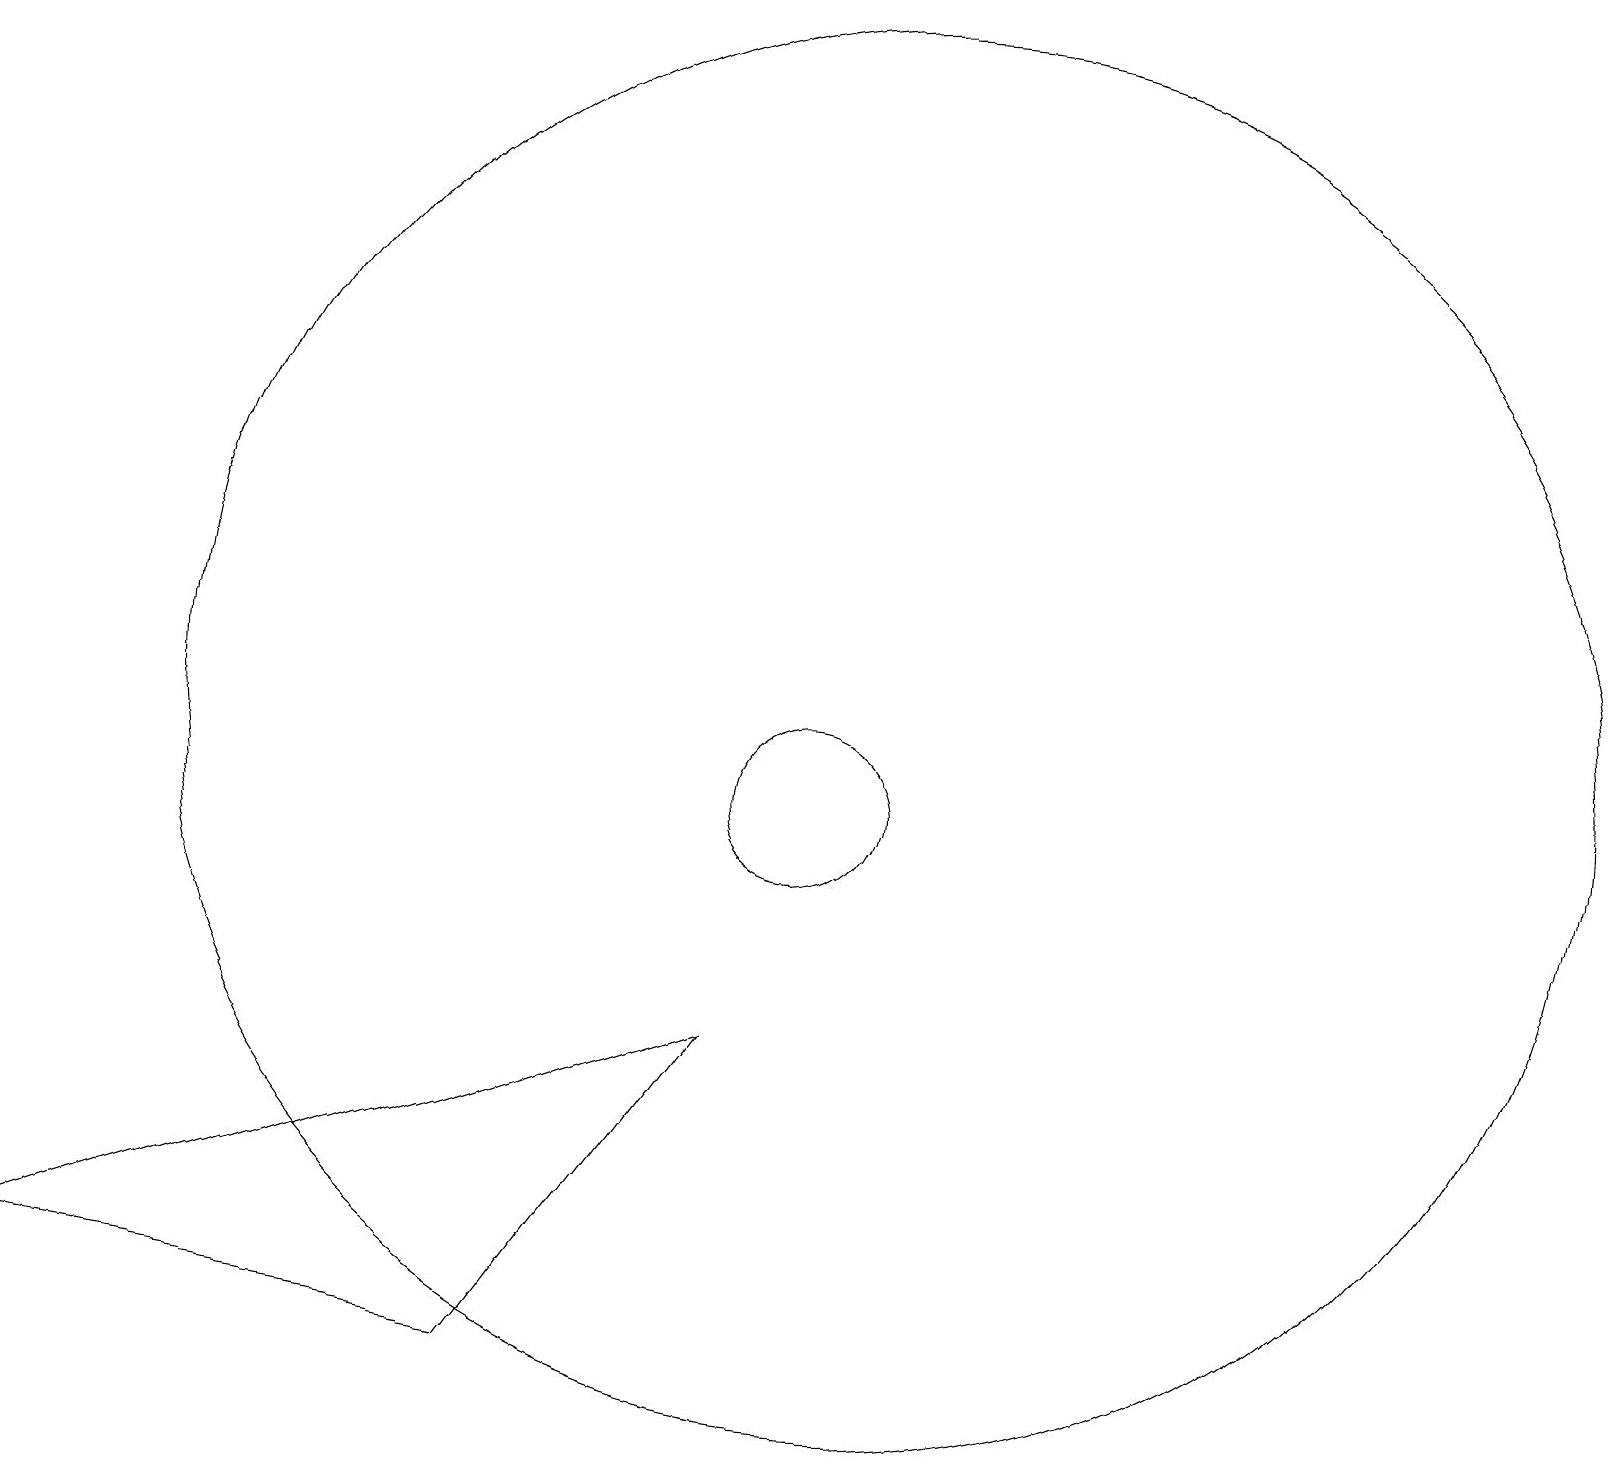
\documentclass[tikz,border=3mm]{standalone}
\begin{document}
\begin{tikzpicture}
\draw (9,7) -- (0,4) -- (6,3) -- cycle;
\draw (10,10) circle (1);
\draw (11,11) circle (9);
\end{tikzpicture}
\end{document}